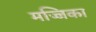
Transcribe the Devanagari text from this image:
मज्जिका